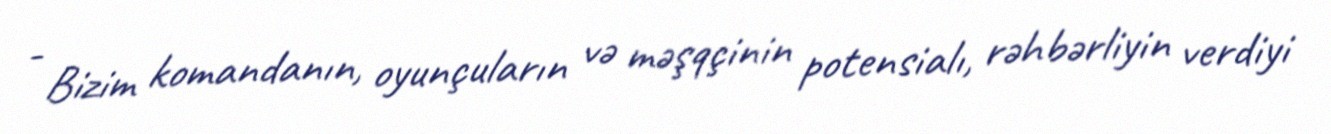
- Bizim komandanın, oyunçuların və məşqçinin potensialı, rəhbərliyin verdiyi